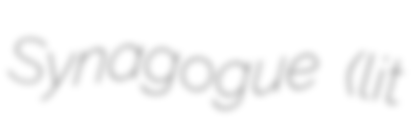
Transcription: Synagogue (lit